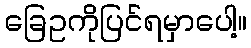
ခြေဥကိုပြင်ရမှာပေါ့။